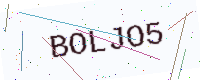
Text: BOLJO5